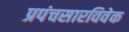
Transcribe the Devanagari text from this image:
प्रपंचसारविवेक